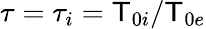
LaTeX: \tau=\tau_{i}=\mathsf{T}_{0i}/\mathsf{T}_{0e}